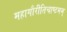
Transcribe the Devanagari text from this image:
महागौरीतिचाष्टमम्